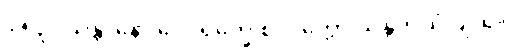
၉၅၃။ သန္တာနော ဒေဝရုက္ခေ စ၊ ဝုတ္တော သန္တတိယံ ပျထ။